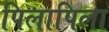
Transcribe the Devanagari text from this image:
पिलापिला